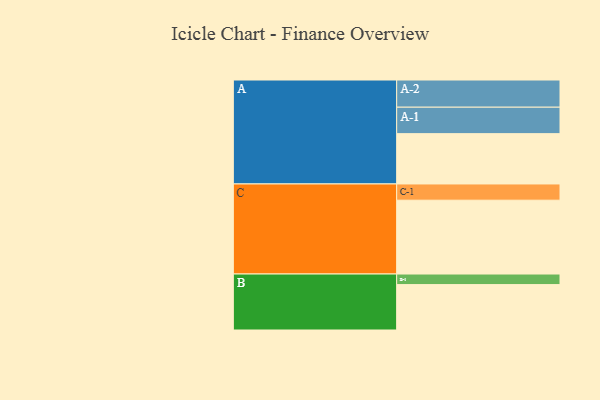
{"axis": {"x": "Segment", "y": "Value"}, "legend": ["", "A", "B", "C"], "data": [{"x": "A", "y": 409, "type": ""}, {"x": "B", "y": 369, "type": ""}, {"x": "C", "y": 600, "type": ""}, {"x": "A-1", "y": 215, "type": "A"}, {"x": "A-2", "y": 221, "type": "A"}, {"x": "B-1", "y": 86, "type": "B"}, {"x": "C-1", "y": 132, "type": "C"}]}